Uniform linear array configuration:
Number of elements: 12
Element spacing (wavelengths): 0.5
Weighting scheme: kaiser
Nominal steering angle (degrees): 60
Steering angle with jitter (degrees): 61.761
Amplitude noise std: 0.05
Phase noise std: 0.05

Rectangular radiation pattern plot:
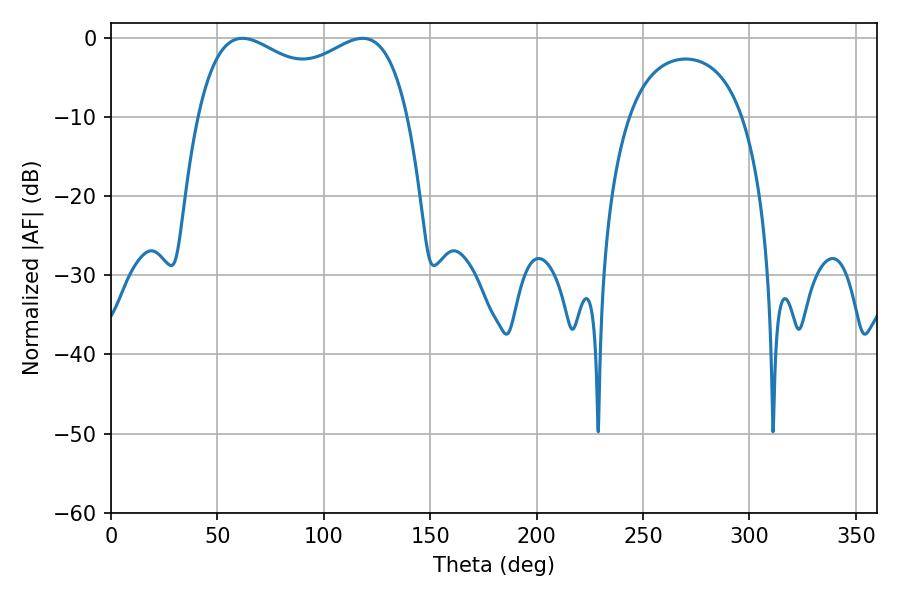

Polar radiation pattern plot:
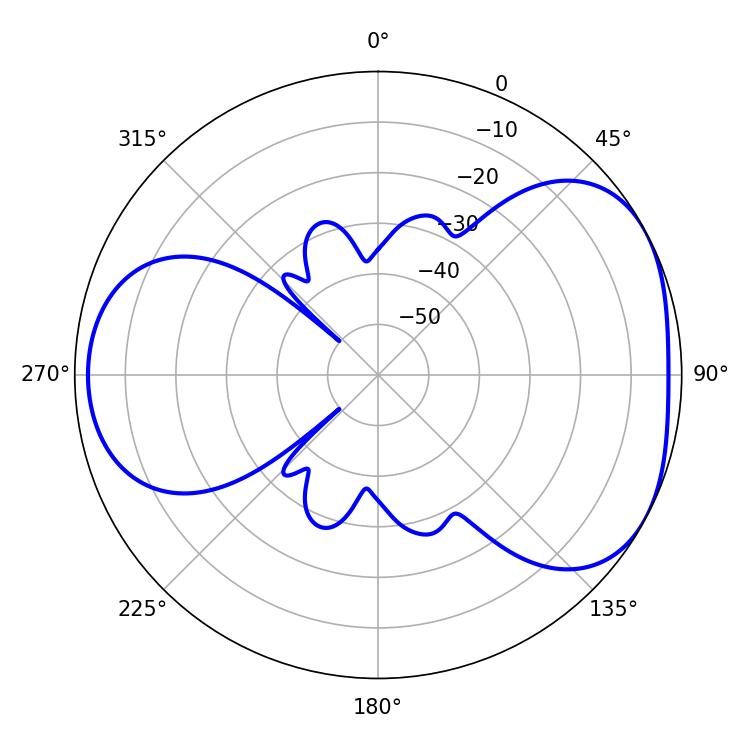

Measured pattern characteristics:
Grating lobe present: FALSE
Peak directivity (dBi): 4.436
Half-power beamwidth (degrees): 82.08
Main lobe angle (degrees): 61.74